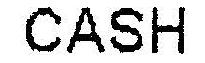
CASH